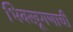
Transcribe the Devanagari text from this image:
भिक्खूगणाची